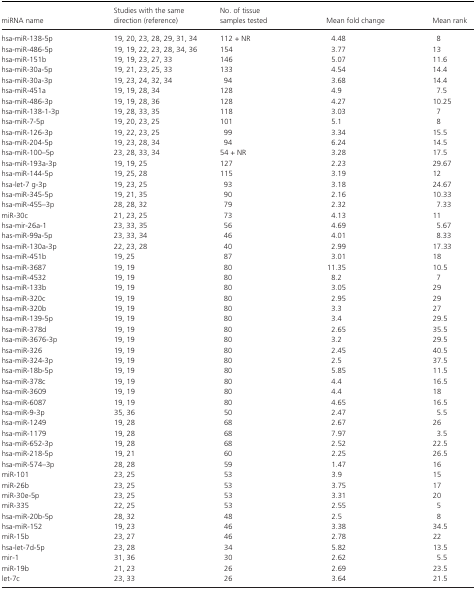
<table><thead><tr><td><b>miRNA name</b></td><td><b>Studies with the same direction (reference)</b></td><td><b>No. of tissue samples tested</b></td><td><b>Mean fold change</b></td><td><b>Mean rank</b></td></tr></thead><tbody><tr><td>hsa‐miR‐138‐5p</td><td>19, 20, 23, 28, 29, 31, 34</td><td>112 + NR</td><td>4.48</td><td>8</td></tr><tr><td>hsa‐miR‐486‐5p</td><td>19, 19, 22, 23, 28, 34, 36</td><td>154</td><td>3.77</td><td>13</td></tr><tr><td>hsa‐miR‐151b</td><td>19, 19, 23, 27, 33</td><td>146</td><td>5.07</td><td>11.6</td></tr><tr><td>hsa‐miR‐30a‐5p</td><td>19, 21, 23, 25, 33</td><td>133</td><td>4.54</td><td>14.4</td></tr><tr><td>hsa‐miR‐30a‐3p</td><td>19, 23, 24, 32, 34</td><td>94</td><td>3.68</td><td>14.4</td></tr><tr><td>hsa‐miR‐451a</td><td>19, 19, 28, 34</td><td>128</td><td>4.9</td><td>7.5</td></tr><tr><td>hsa‐miR‐486‐3p</td><td>19, 19, 28, 36</td><td>128</td><td>4.27</td><td>10.25</td></tr><tr><td>hsa‐miR‐138‐1‐3p</td><td>19, 28, 33, 35</td><td>118</td><td>3.03</td><td>7</td></tr><tr><td>hsa‐miR‐7‐5p</td><td>19, 20, 23, 25</td><td>101</td><td>5.1</td><td>8</td></tr><tr><td>hsa‐miR‐126‐3p</td><td>19, 22, 23, 25</td><td>99</td><td>3.34</td><td>15.5</td></tr><tr><td>hsa‐miR‐204‐5p</td><td>19, 23, 28, 34</td><td>94</td><td>6.24</td><td>14.5</td></tr><tr><td>hsa‐miR‐100–5p</td><td>23, 28, 33, 34</td><td>54 + NR</td><td>3.28</td><td>17.5</td></tr><tr><td>hsa‐miR‐193a‐3p</td><td>19, 19, 25</td><td>127</td><td>2.23</td><td>29.67</td></tr><tr><td>hsa‐miR‐144‐5p</td><td>19, 25, 28</td><td>115</td><td>3.19</td><td>12</td></tr><tr><td>hsa‐let‐7 g‐3p</td><td>19, 23, 25</td><td>93</td><td>3.18</td><td>24.67</td></tr><tr><td>hsa‐miR‐345‐5p</td><td>19, 21, 35</td><td>90</td><td>2.16</td><td>10.33</td></tr><tr><td>hsa‐miR‐455–3p</td><td>28, 28, 32</td><td>79</td><td>2.32</td><td>7.33</td></tr><tr><td>miR‐30c</td><td>21, 23, 25</td><td>73</td><td>4.13</td><td>11</td></tr><tr><td>hsa‐mir‐26a‐1</td><td>23, 33, 35</td><td>56</td><td>4.69</td><td>5.67</td></tr><tr><td>has‐miR‐99a‐5p</td><td>23, 33, 34</td><td>46</td><td>4.01</td><td>8.33</td></tr><tr><td>hsa‐miR‐130a‐3p</td><td>22, 23, 28</td><td>40</td><td>2.99</td><td>17.33</td></tr><tr><td>hsa‐miR‐451b</td><td>19, 25</td><td>87</td><td>3.01</td><td>18</td></tr><tr><td>hsa‐miR‐3687</td><td>19, 19</td><td>80</td><td>11.35</td><td>10.5</td></tr><tr><td>hsa‐miR‐4532</td><td>19, 19</td><td>80</td><td>8.2</td><td>7</td></tr><tr><td>hsa‐miR‐133b</td><td>19, 19</td><td>80</td><td>3.05</td><td>29</td></tr><tr><td>hsa‐miR‐320c</td><td>19, 19</td><td>80</td><td>2.95</td><td>29</td></tr><tr><td>hsa‐miR‐320b</td><td>19, 19</td><td>80</td><td>3.3</td><td>27</td></tr><tr><td>hsa‐miR‐139‐5p</td><td>19, 19</td><td>80</td><td>3.4</td><td>29.5</td></tr><tr><td>hsa‐miR‐378d</td><td>19, 19</td><td>80</td><td>2.65</td><td>35.5</td></tr><tr><td>hsa‐miR‐3676‐3p</td><td>19, 19</td><td>80</td><td>3.2</td><td>29.5</td></tr><tr><td>hsa‐miR‐326</td><td>19, 19</td><td>80</td><td>2.45</td><td>40.5</td></tr><tr><td>hsa‐miR‐324‐3p</td><td>19, 19</td><td>80</td><td>2.5</td><td>37.5</td></tr><tr><td>hsa‐miR‐18b‐5p</td><td>19, 19</td><td>80</td><td>5.85</td><td>11.5</td></tr><tr><td>hsa‐miR‐378c</td><td>19, 19</td><td>80</td><td>4.4</td><td>16.5</td></tr><tr><td>hsa‐miR‐3609</td><td>19, 19</td><td>80</td><td>4.4</td><td>18</td></tr><tr><td>hsa‐miR‐6087</td><td>19, 19</td><td>80</td><td>4.65</td><td>16.5</td></tr><tr><td>hsa‐miR‐9‐3p</td><td>35, 36</td><td>50</td><td>2.47</td><td>5.5</td></tr><tr><td>hsa‐miR‐1249</td><td>19, 28</td><td>68</td><td>2.67</td><td>26</td></tr><tr><td>hsa‐miR‐1179</td><td>19, 28</td><td>68</td><td>7.97</td><td>3.5</td></tr><tr><td>hsa‐miR‐652‐3p</td><td>19, 28</td><td>68</td><td>2.52</td><td>22.5</td></tr><tr><td>hsa‐miR‐218‐5p</td><td>19, 21</td><td>60</td><td>2.25</td><td>26.5</td></tr><tr><td>hsa‐miR‐574–3p</td><td>28, 28</td><td>59</td><td>1.47</td><td>16</td></tr><tr><td>miR‐101</td><td>23, 25</td><td>53</td><td>3.9</td><td>15</td></tr><tr><td>miR‐26b</td><td>23, 25</td><td>53</td><td>3.75</td><td>17</td></tr><tr><td>miR‐30e‐5p</td><td>23, 25</td><td>53</td><td>3.31</td><td>20</td></tr><tr><td>miR‐335</td><td>22, 25</td><td>53</td><td>2.55</td><td>5</td></tr><tr><td>hsa‐miR‐20b‐5p</td><td>28, 32</td><td>48</td><td>2.5</td><td>8</td></tr><tr><td>hsa‐miR‐152</td><td>19, 23</td><td>46</td><td>3.38</td><td>34.5</td></tr><tr><td>miR‐15b</td><td>23, 27</td><td>46</td><td>2.78</td><td>22</td></tr><tr><td>hsa‐let‐7d‐5p</td><td>23, 28</td><td>34</td><td>5.82</td><td>13.5</td></tr><tr><td>mir‐1</td><td>31, 36</td><td>30</td><td>2.62</td><td>5.5</td></tr><tr><td>miR‐19b</td><td>21, 23</td><td>26</td><td>2.69</td><td>23.5</td></tr><tr><td>let‐7c</td><td>23, 33</td><td>26</td><td>3.64</td><td>21.5</td></tr></tbody></table>